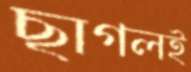
ছাগলই